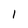
Character: l